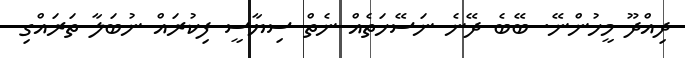
ދިއްދޫ މީހުންނޭ. ބޭބެ ދޭނެ ނަސޭހަތެއް ނެތް ސިޔާސީ ފިކުރައް ނުބަލާ ތަރައްގި